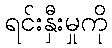
ရင်းနှီးမှုကို